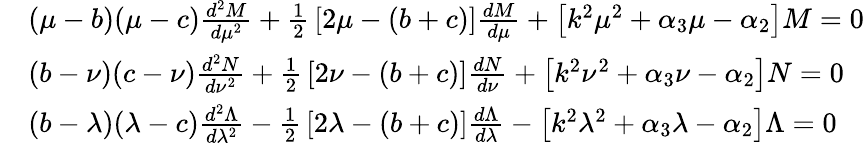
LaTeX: {\begin{array}{rl}&{(\mu-b)(\mu-c){\frac{d^{2}M}{d\mu^{2}}}+{\frac{1}{2}}\left[2\mu-(b+c)\right]{\frac{dM}{d\mu}}+\left[k^{2}\mu^{2}+\alpha_{3}\mu-\alpha_{2}\right]M=0}\\ &{(b-\nu)(c-\nu){\frac{d^{2}N}{d\nu^{2}}}+{\frac{1}{2}}\left[2\nu-(b+c)\right]{\frac{dN}{d\nu}}+\left[k^{2}\nu^{2}+\alpha_{3}\nu-\alpha_{2}\right]N=0}\\ &{(b-\lambda)(\lambda-c){\frac{d^{2}\Lambda}{d\lambda^{2}}}-{\frac{1}{2}}\left[2\lambda-(b+c)\right]{\frac{d\Lambda}{d\lambda}}-\left[k^{2}\lambda^{2}+\alpha_{3}\lambda-\alpha_{2}\right]\Lambda=0}\end{array}}